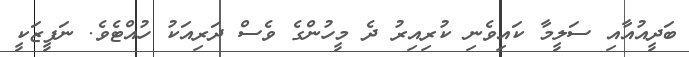
ބަދީއުއާއި ސަލީމާ ކައިވެނި ކުރިއިރު ދެ މީހުންގެ ވެސް ދަރިއަކު ހުއްޓެވެ. ނަފީޒަކީ